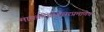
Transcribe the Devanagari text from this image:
मायक्रोप्रोसेसरप्रमाणेच